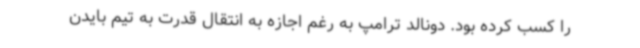
را کسب کرده بود. دونالد ترامپ به رغم اجازه به انتقال قدرت به تیم بایدن